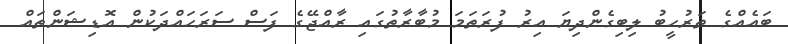
ބައެއްގެ ތަރުހީބު ލިބިގެންދިޔަ އިރު ފުރަތަމަ މުބާރާތުގައި ރާއްޖޭގެ ފަސް ސަރަހައްދަކުން އޮޑިޝަންތައް